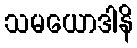
သမယောဒါနိ